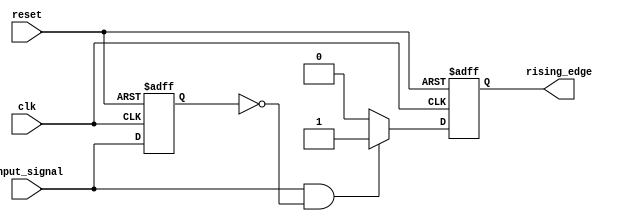
module rising_edge_detector (
    input wire clk,                 // Clock signal
    input wire reset,               // Asynchronous reset signal
    input wire input_signal,        // Input signal to detect rising edge
    output reg rising_edge          // Output signal indicating rising edge detection
);

    reg previous_state;             // Register to store the previous state of the input signal

    // Edge detection logic with synchronous clocking
    always @(posedge clk or posedge reset) begin
        if (reset) begin
            previous_state <= 1'b0;  // Reset previous state to 0
            rising_edge <= 1'b0;     // Reset rising edge output
        end else begin
            // Check for rising edge
            if (input_signal && !previous_state) begin
                rising_edge <= 1'b1;  // Rising edge detected
            end else begin
                rising_edge <= 1'b0;   // No rising edge detected
            end
            
            previous_state <= input_signal; // Store current state for next clock cycle
        end
    end

endmodule